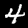
Label: 4